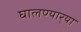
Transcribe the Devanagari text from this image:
घालण्यार्‍या